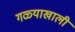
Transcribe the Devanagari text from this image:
गळ्याखाली